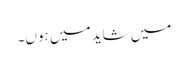
میں شاید میں ہوں۔